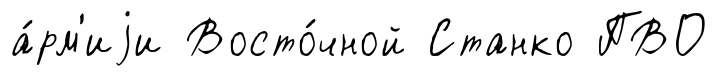
а́рм'иjи Восто́чной Станко ПВО